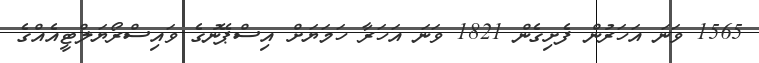
1565 ވަނަ އަހަރުން ފެށިގެން 1821 ވަނަ އަހަރާ ހަމަޔަށް އިސްޕޭނުގެ ވައިސްރޯޔަލްޓީއެއްގެ